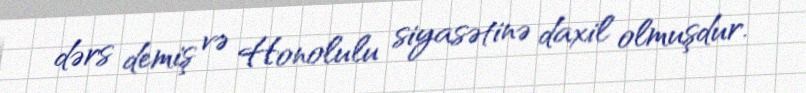
dərs demiş və Honolulu siyasətinə daxil olmuşdur.